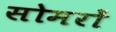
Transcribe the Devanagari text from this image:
सोमरों